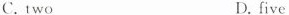
C. two D. five